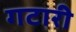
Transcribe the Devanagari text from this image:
गटारी